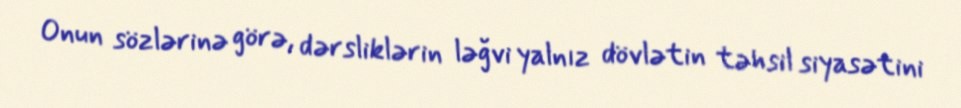
Onun sözlərinə görə, dərsliklərin ləğvi yalnız dövlətin təhsil siyasətini